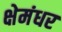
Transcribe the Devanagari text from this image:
क्षेमंधर